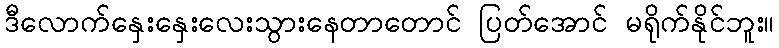
ဒီလောက်နှေးနှေးလေးသွားနေတာတောင် ပြတ်အောင် မရိုက်နိုင်ဘူး။